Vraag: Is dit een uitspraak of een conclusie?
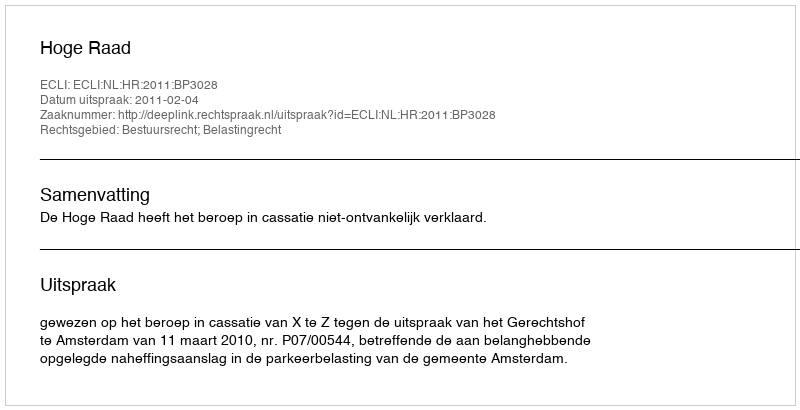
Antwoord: Uitspraak